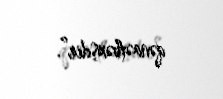
qənaətbəxşdir”.